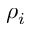
\rho _ { i }